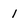
Character: 1